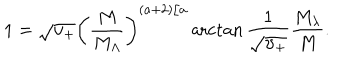
1 = \sqrt { \upsilon _ { + } } \left( \frac { M } { M _ { \Lambda } } \right) ^ { ( a + 2 ) / a } \operatorname { a r c t a n } \frac { 1 } { \sqrt { \upsilon _ { + } } } \frac { M _ { \lambda } } { M } .